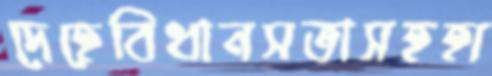
দেহেবিধানসভাসহহা